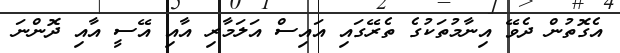
އެގޮތުން ދެވޭ އިނާމުތަކުގެ ތެރޭގައި އައިސް އަލަމާރި އާއި އޭސީ އާއި ދޮންނަ